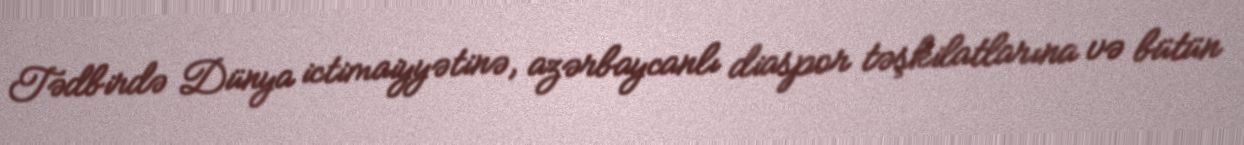
Tədbirdə Dünya ictimaiyyətinə, azərbaycanlı diaspor təşkilatlarına və bütün